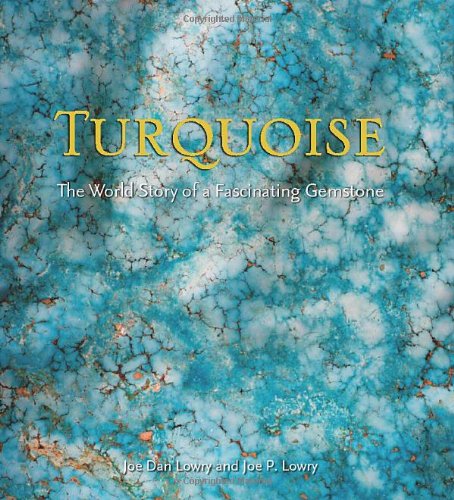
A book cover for Turquoise: The World Story of a Fascinating Gemstone; Joe Dan Lowry; Crafts, Hobbies & Home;